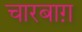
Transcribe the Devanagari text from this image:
चारबाग़